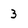
Character: 3